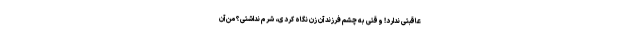
عاقبتی ندارد! وقتی به چشم فرزند آن زن نگاه کردی، شرم نداشتی؟ من آن